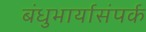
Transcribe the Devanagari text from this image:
बंधुभार्यासंपर्क